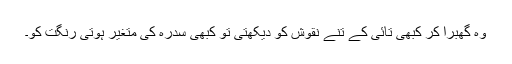
وہ گھبرا کر کبھی تائی کے تنے نقوش کو دیکھتی تو کبھی سدرہ کی متغیر ہوتی رنگت کو۔